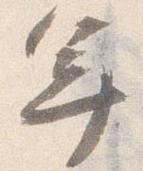
年